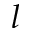
l